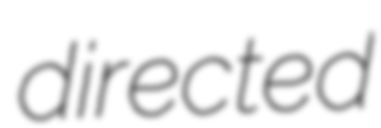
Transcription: directed